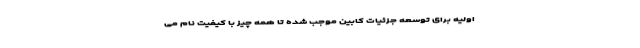
اولیه برای توسعه جزئیات کابین موجب شده تا همه چیز با کیفیت نام می